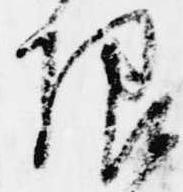
限